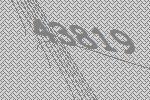
43819